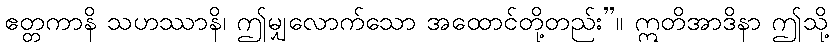
ဧတ္တကာနိ သဟဿာနိ၊ ဤမျှလောက်သော အထောင်တို့တည်း”။ ဣတိအာဒိနာ ဤသို့